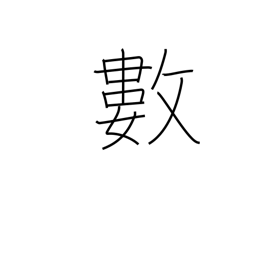
Meaning: figures